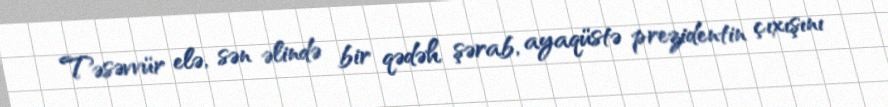
Təsəvvür elə, sən əlində bir qədəh şərab, ayaqüstə prezidentin çıxışını